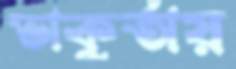
ভাকুর্তায়